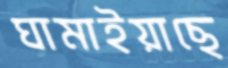
ঘামাইয়াছে